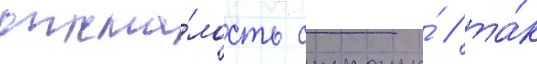
отста́лость страны́ / та́к